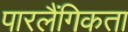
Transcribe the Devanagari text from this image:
पारलैंगिकता